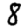
Digit: 8